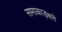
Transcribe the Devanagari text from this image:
समाकाङ्क्षते